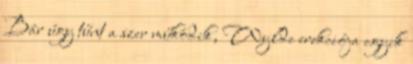
Bár úgy tűnt a szer működik, Wylde erekciója egyik